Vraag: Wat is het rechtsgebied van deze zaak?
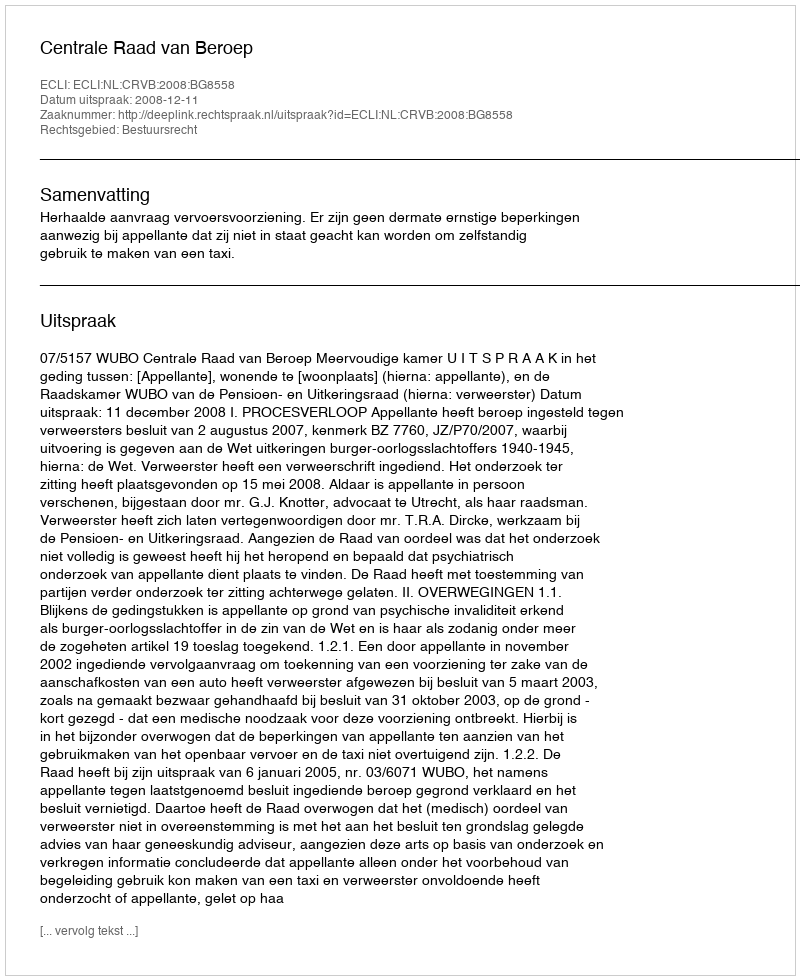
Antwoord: Bestuursrecht